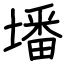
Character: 墦